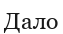
Дало